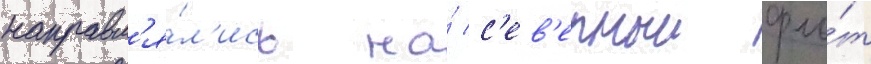
направл'я́л'ись на́ с'ев'ерныи фло́т